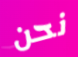
نحن